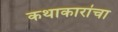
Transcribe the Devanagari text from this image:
कथाकारांचा